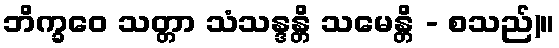
ဘိက္ခဝေ သတ္တာ သံသန္ဒန္တိ သမေန္တိ - စသည်)။